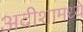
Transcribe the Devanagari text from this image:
अदीशामध्ये